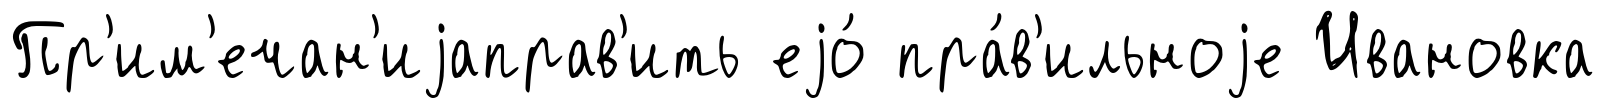
Пр'им'ечан'иjаправ'ить еjо́ пра́в'ильноjе Ивановка